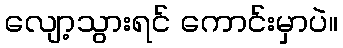
လျော့သွားရင် ကောင်းမှာပဲ။